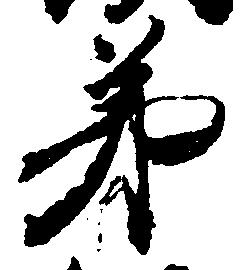
第